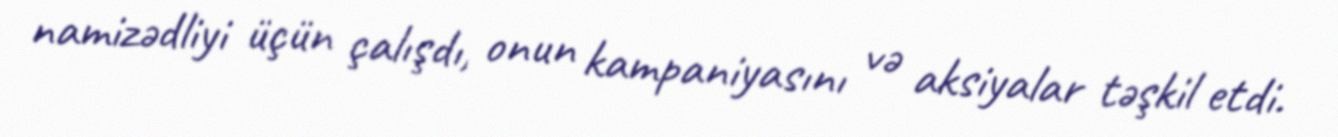
namizədliyi üçün çalışdı, onun kampaniyasını və aksiyalar təşkil etdi.